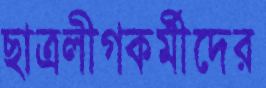
ছাত্রলীগকর্মীদের